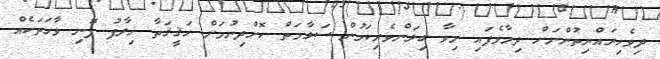
ދިވެހިރައްޔިތުންނަށް ދިމާވެފައި މިވާ ގިލަންވެރިކަމުން ސަލާމަތް ކޮށްދިނުމަށް ހަޤީޤަތާ ޚިލާފު ފޮނި ވާހަތަކެއް